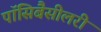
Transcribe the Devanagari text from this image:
पॉसिबैसीलरी